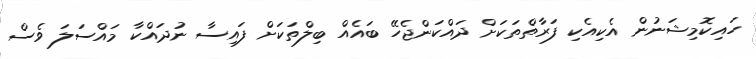
ހައިކޮމިޝަނުން އެކިއެކި ފަރާތްތަކަށް ދައްކަންޖެހޭ ބައެއް ބިލްތަކަށް ފައިސާ ނުދައްކާ މައްސަލަ ވެސް